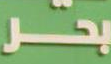
بحر